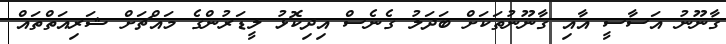
ޤާނޫނު އަސާސީ އާއި ޤާނޫނުތަކަށް ބަދަލު ގެނެސް އިދިކޮޅު ލީޑަރުންގެ މައްޗަށް ޝަރިއަތްތައް